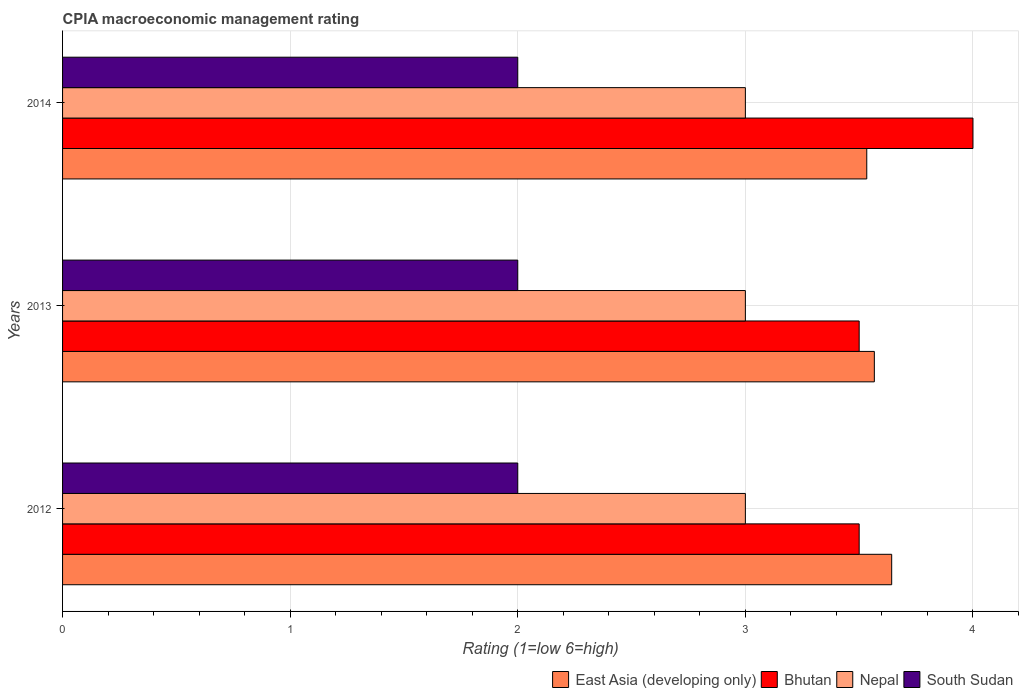
| Years | East Asia (developing only) | Bhutan | Nepal | South Sudan |
 | --- | --- | --- | --- | --- |
 | 2012 | 3.64 | 3.5 | 3 | 2 |
 | 2013 | 3.57 | 3.5 | 3 | 2 |
 | 2014 | 3.53 | 4 | 3 | 2 |